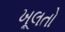
ખૂલતો